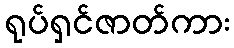
ရုပ်ရှင်ဇာတ်ကား